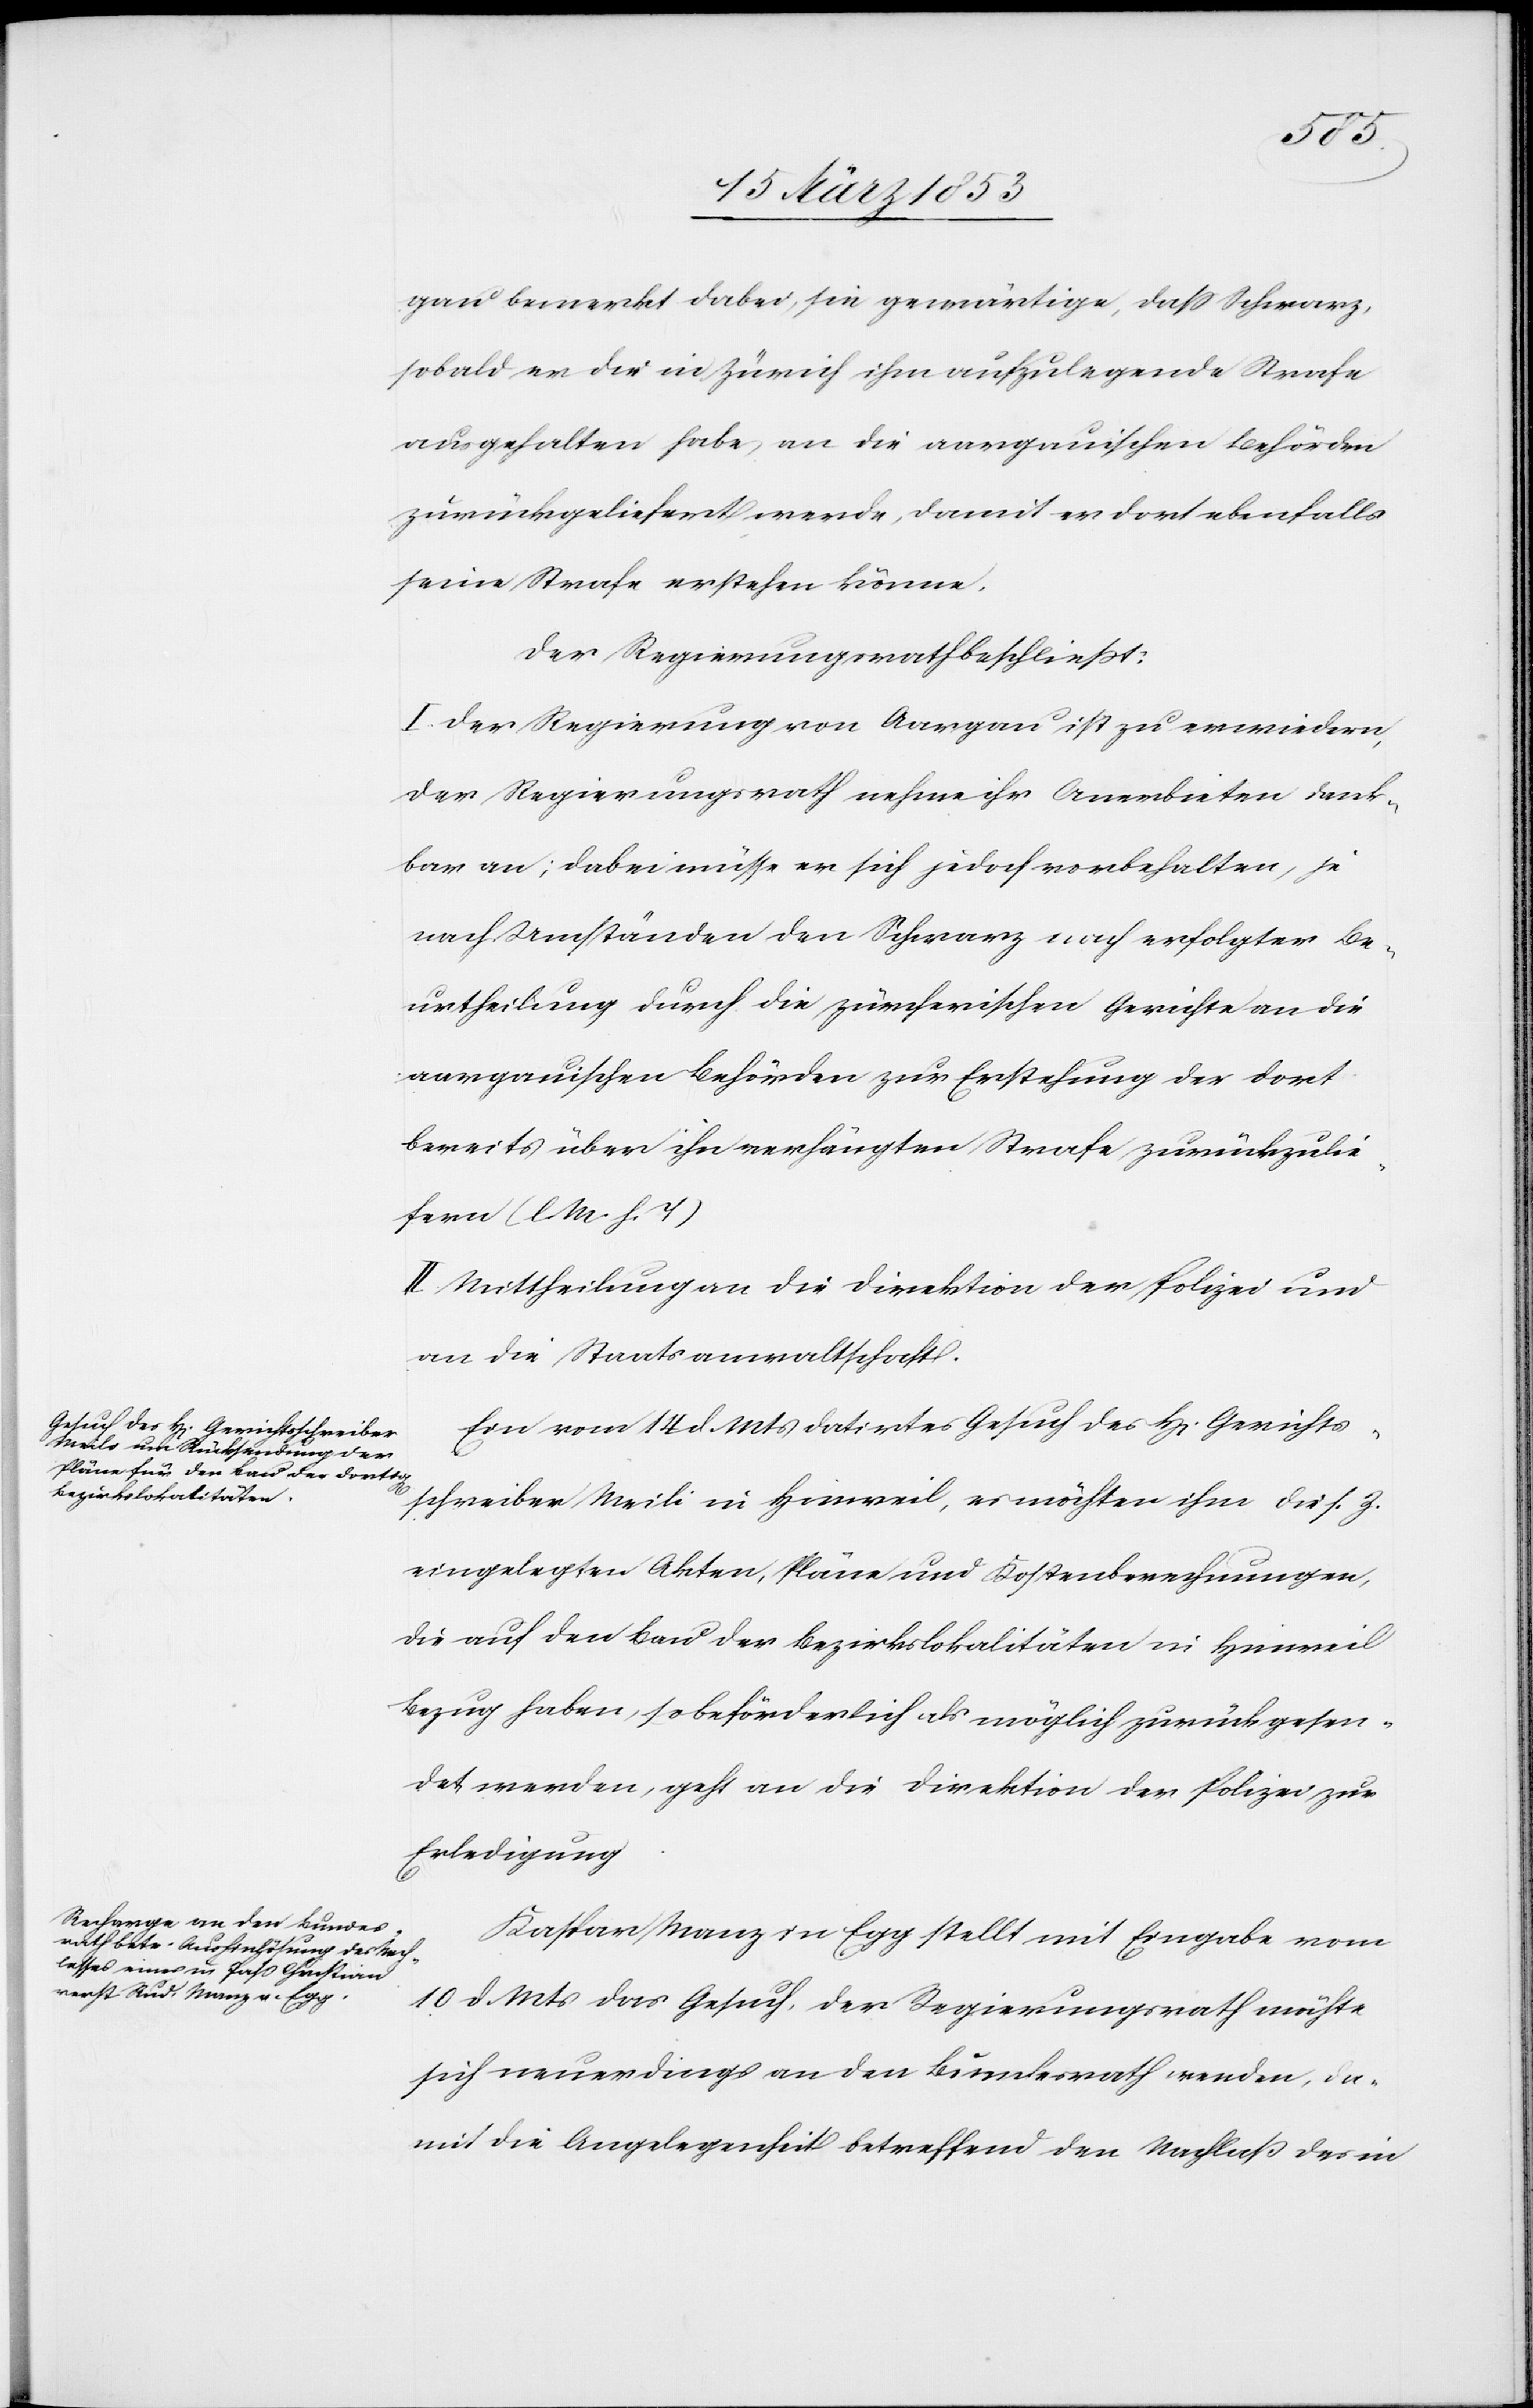
gau bemerkt dabei, sie gewärtige, daß Schwarz,
sobald er die in Zürich ihm aufzulegende Strafe
ausgehalten habe, an die aargauischen Behörden
zurückgeliefert werde, damit er dort ebenfalls
seine Strafe erstehen könne.
Der Regierungsrath beschließt:
I. Der Regierung von Aargau ist zu erwiedern,
der Regierungsrath nehme ihr Anerbieten dank¬
bar an; dabei müsse er sich jedoch vorbehalten, je
nach Umständen den Schwarz nach erfolgter Be¬
urtheilung durch die zürcherischen Gerichte an die
aargauischen Behörden zur Erstehung der dort¬
seits über ihn verhängten Strafe zurückzulie¬
fern [l. M. h. T]
II. Mittheilung an die Direktion der Polizei und
an die Staatsanwaltschaft.
Ein vom 14 d. Mts. datirtes Gesuch des H[errn] Gerichts¬
schreiber Meili in Hinweil, es möchten ihm die s. Z.
eingelegten Akten, Pläne und Kostenberechnungen,
die auf den Bau der Bezirkslokalitäten in Hinweil
Bezug haben, so beförderlich als möglich zurückgesen¬
det werden, geht an die Direktion der Polizei zur
Erledigung.
Kaspar Manz in Egg stellt mit Eingabe vom
10 d. Mts. das Gesuch, der Regierungsrath möchte
sich neuerdings an den Bundesrath wenden, da¬
mit die Angelegenheit betreffend den Nachlaß des in